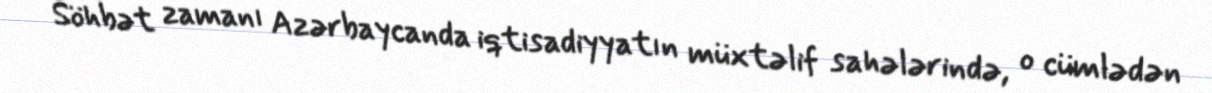
Söhbət zamanı Azərbaycanda iqtisadiyyatın müxtəlif sahələrində, o cümlədən